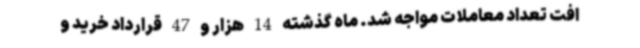
افت تعداد معاملات مواجه شد. ماه گذشته 14 هزار و 47 قرارداد خرید و